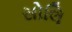
સોલિ